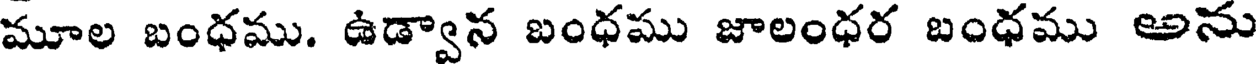
మూల బంధము. ఉడ్వాన బంధము జాలంధర బంధము అను